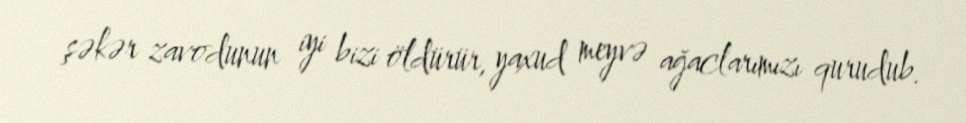
şəkər zavodunun iyi bizi öldürür, yaxud meyvə ağaclarımızı qurudub.